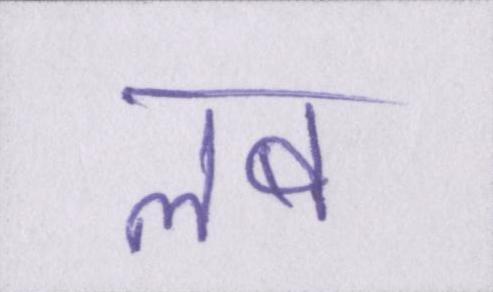
लब